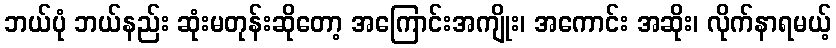
ဘယ်ပုံ ဘယ်နည်း ဆုံးမတုန်းဆိုတော့ အကြောင်းအကျိုး၊ အကောင်း အဆိုး၊ လိုက်နာရမယ့်